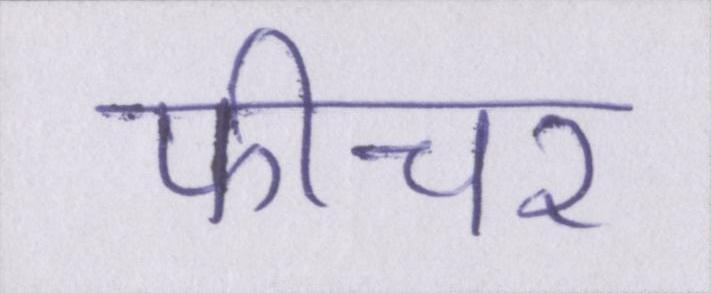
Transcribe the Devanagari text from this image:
फीचर